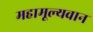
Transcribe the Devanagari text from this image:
महामूल्यवान